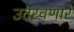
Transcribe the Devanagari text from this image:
उतरवणारे